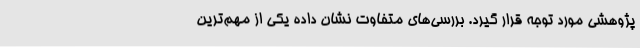
پژوهشی مورد توجه قرار گیرد. بررسی‌های متفاوت نشان داده یکی از مهم‌ترین